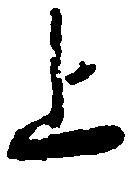
上